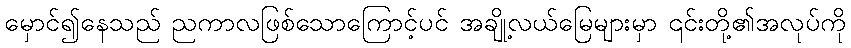
မှောင်၍နေသည် ညကာလဖြစ်သောကြောင့်ပင် အချို့လယ်မြေများမှာ ၎င်းတို့၏အလုပ်ကို